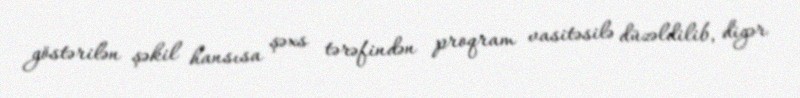
göstərilən şəkil hansısa şəxs tərəfindən proqram vasitəsilə düzəldilib, digər